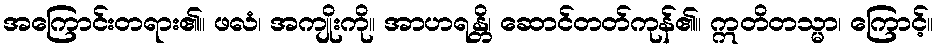
အကြောင်းတရား၏။ ဖလံ၊ အကျိုးကို။ အာဟရန္တိ၊ ဆောင်တတ်ကုန်၏။ ဣတိတသ္မာ၊ ကြောင့်။